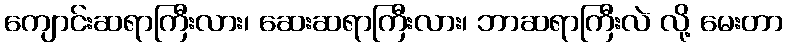
ကျောင်းဆရာကြီးလား၊ ဆေးဆရာကြီးလား၊ ဘာဆရာကြီးလဲ လို့ မေးတာ